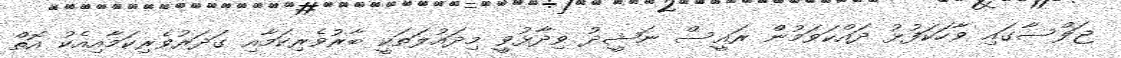
ޖަލްސާގައި ވާހަކަފުޅު ދައްކަވަމުން ރައީސް ނަޝީދު ވިދާޅުވީ މިދައުލަތަކީ ބާރުވެރިކަމާއި ގަދަރުވެރިކަމާއިއެކު އޮތް